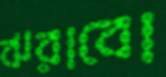
ঝরাবো